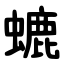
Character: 螰